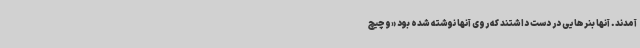
آمدند. آنها بنرهایی در دست داشتند که روی آنها نوشته شده بود «وچیچ